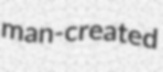
man-created